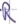
Text: R